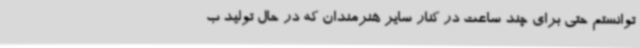
توانستم حتی برای چند ساعت در کنار سایر هنرمندان که در حال تولید ب